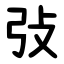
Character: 㢭